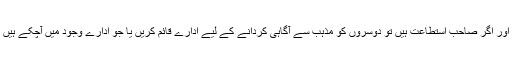
اس لیے ہماری یہ ذمہ داری بنتی ہے کہ اسلام مذہب کی معرفت حاصل کریں اور اگر صاحب استطاعت ہیں تو دوسروں کو مذہب سے آگاہی کردانے کے لیے ادارے قائم کریں یا جو ادارے وجود میں آچکے ہیں ان کی ہر ممکن طریقے سے ضرورتوں کو پورا کرنے کیلئے پیش پیش رہیں۔